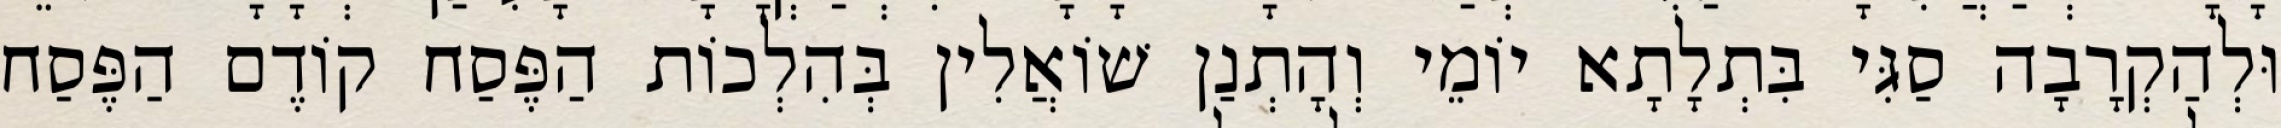
וּלְהַקְרָבָה סַגִּי בִּתְלָתָא יוֹמֵי וְהָתְנַן שׁוֹאֲלִין בְּהִלְכוֹת הַפֶּסַח קוֹדֶם הַפֶּסַח